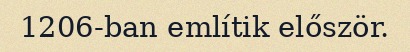
1206-ban említik először.